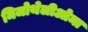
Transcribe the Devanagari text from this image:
मिजोथेलीओमा